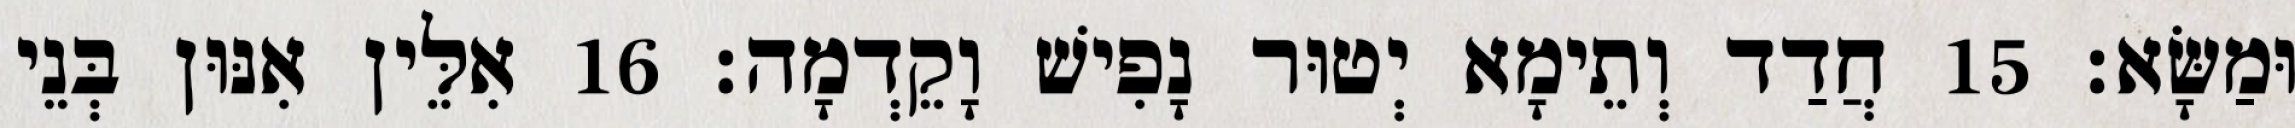
וּמַשָּׂא׃ 15 חֲדַד וְתֵימָא יְטוּר נָפִישׁ וָקֵדְמָה׃ 16 אִלֵּין אִנּוּן בְּנֵי